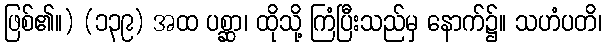
ဖြစ်၏။) (၁၃၉) အထ ပစ္ဆာ၊ ထိုသို့ ကြံပြီးသည်မှ နောက်၌။ သဟံပတိ၊